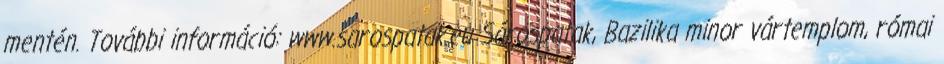
mentén. További információ: www.sarospatak.eu Sárospatak, Bazilika minor vártemplom, római